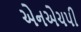
એનએચપી